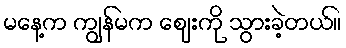
မနေ့က ကျွန်မက ဈေးကို သွားခဲ့တယ်။